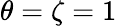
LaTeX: \theta=\zeta=1